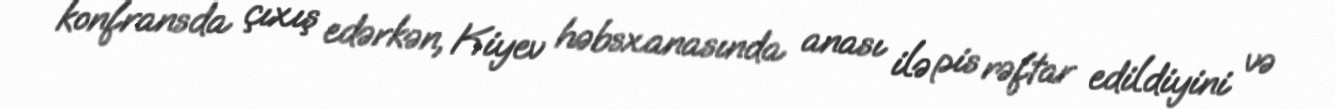
konfransda çıxış edərkən, Kiyev həbsxanasında anası ilə pis rəftar edildiyini və